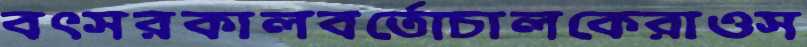
বৎসরকালবর্তোচালকেরাওস